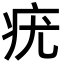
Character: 疣